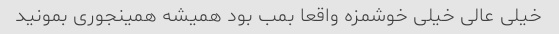
خیلی عالی خیلی خوشمزه واقعا بمب بود همیشه همینجوری بمونید